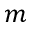
m